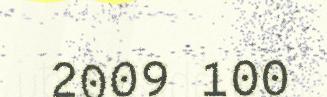
2009 100